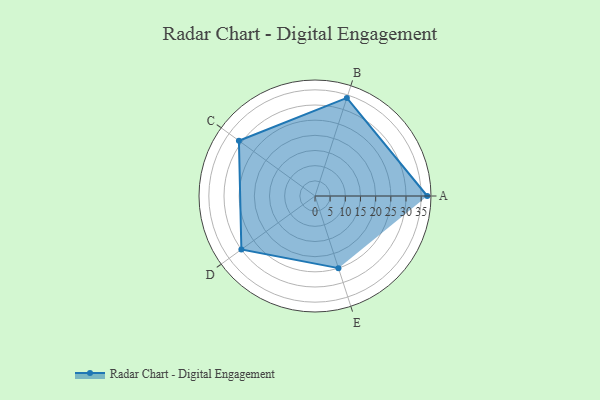
{"axis": {"x": "Skill", "y": "Score"}, "legend": ["Profile"], "data": [{"x": "A", "y": 37.0, "type": "Profile"}, {"x": "B", "y": 34.0, "type": "Profile"}, {"x": "C", "y": 31.0, "type": "Profile"}, {"x": "D", "y": 30.0, "type": "Profile"}, {"x": "E", "y": 25.0, "type": "Profile"}]}